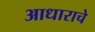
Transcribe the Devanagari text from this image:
आधाराचे